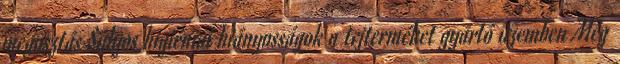
megosztás Súlyos higiéniai hiányosságok a tejterméket gyártó üzemben Még